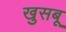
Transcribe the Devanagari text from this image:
खुसबू